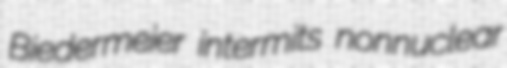
Biedermeier intermits nonnuclear